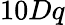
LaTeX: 10Dq